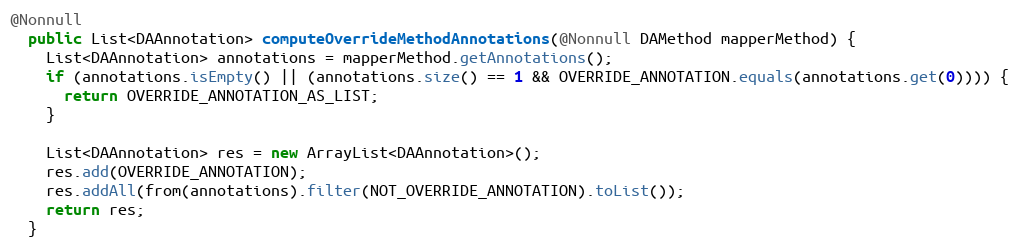
Language: Java
@Nonnull
  public List<DAAnnotation> computeOverrideMethodAnnotations(@Nonnull DAMethod mapperMethod) {
    List<DAAnnotation> annotations = mapperMethod.getAnnotations();
    if (annotations.isEmpty() || (annotations.size() == 1 && OVERRIDE_ANNOTATION.equals(annotations.get(0)))) {
      return OVERRIDE_ANNOTATION_AS_LIST;
    }

    List<DAAnnotation> res = new ArrayList<DAAnnotation>();
    res.add(OVERRIDE_ANNOTATION);
    res.addAll(from(annotations).filter(NOT_OVERRIDE_ANNOTATION).toList());
    return res;
  }